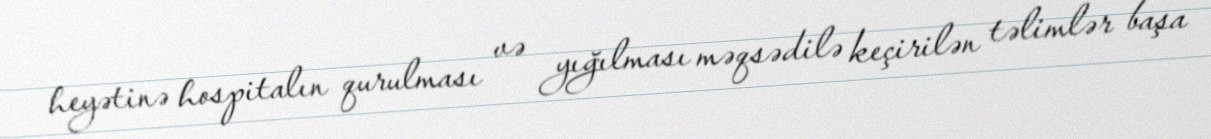
heyətinə hospitalın qurulması və yığılması məqsədilə keçirilən təlimlər başa